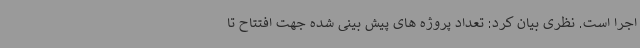
اجرا است. نظری بیان کرد: تعداد پروژه های پیش بینی شده جهت افتتاح تا